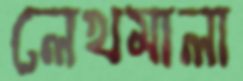
লেখমালা